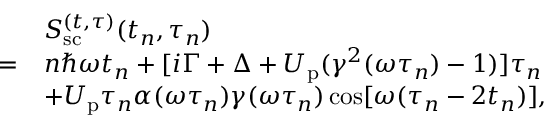
\begin{array} { r l } & { S _ { \mathrm { s c } } ^ { ( t , \tau ) } ( t _ { n } , \tau _ { n } ) } \\ { = } & { n \hbar \omega t _ { n } + [ i \Gamma + \Delta + U _ { \mathrm { p } } ( \gamma ^ { 2 } ( \omega \tau _ { n } ) - 1 ) ] \tau _ { n } } \\ & { + U _ { \mathrm { p } } \tau _ { n } \alpha ( \omega \tau _ { n } ) \gamma ( \omega \tau _ { n } ) \cos [ \omega ( \tau _ { n } - 2 t _ { n } ) ] , } \end{array}